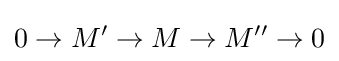
0\rightarrow M'\rightarrow M\rightarrow M''\rightarrow 0